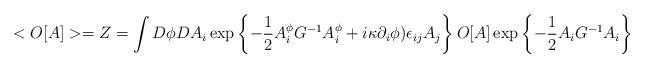
LaTeX: \begin{align*}<O[A]>=Z=\int D\phi DA_i\exp\left\{-\frac{1}{2} A_i^{\phi}G^{-1}A_i^{\phi}+ i\kappa \partial_i\phi)\epsilon_{ij}A_j\right\}O[A]\exp\left\{-\frac{1}{2} A_iG^{-1}A_i\right\}\end{align*}